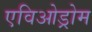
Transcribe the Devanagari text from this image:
एविओड्रोम